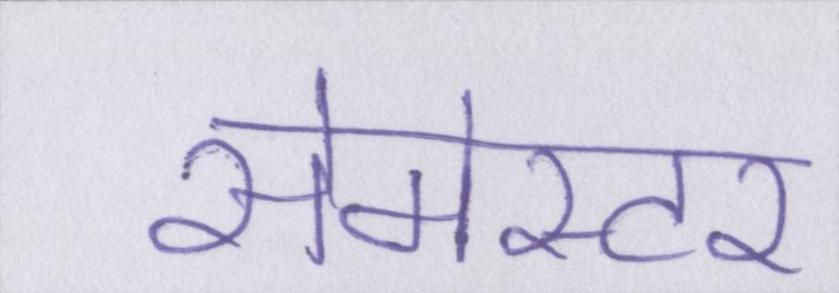
सेमेस्टर